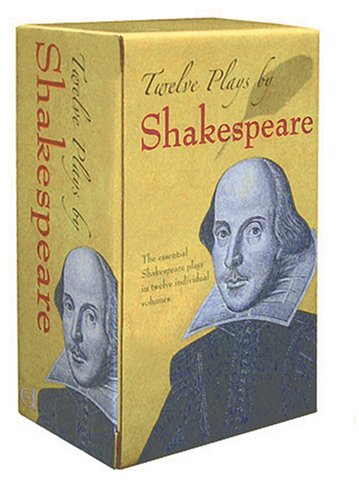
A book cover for Twelve Plays by Shakespeare (Dover Thrift Editions); William Shakespeare; Literature & Fiction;